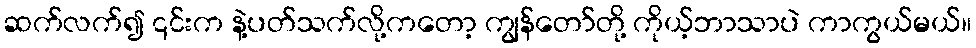
ဆက်လက်၍ ၎င်းက နဲ့ပတ်သက်လို့ကတော့ ကျွန်တော်တို့ ကိုယ့်ဘာသာပဲ ကာကွယ်မယ်။